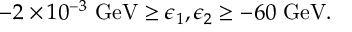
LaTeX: - 2 \times 1 0 ^ { - 3 } \ \mathrm { G e V } \geq \epsilon _ { 1 } , \epsilon _ { 2 } \geq - 6 0 \ \mathrm { G e V } .